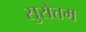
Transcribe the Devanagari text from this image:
सुरोत्तम